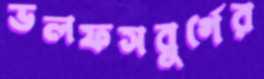
ভলফসবুর্গের